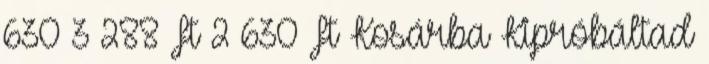
630 3 288 Ft 2 630 Ft Kosárba Kipróbáltad